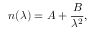
n ( \lambda ) = A + { \frac { B } { \lambda ^ { 2 } } } ,